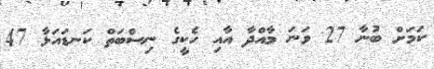
ކަމަށް ބުނާ 27 ވަނަ މާއްދާ އާއި ހެކީގެ ނިސްބަތް ކަނޑައަޅާ 47